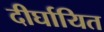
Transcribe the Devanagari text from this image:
दीर्घायित